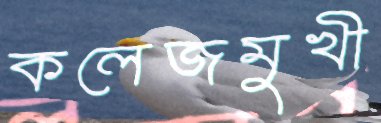
কলেজমুখী